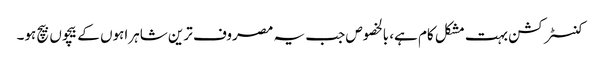
کنسٹرکشن بہت مشکل کام ہے، بالخصوص جب یہ مصروف ترین شاہراہوں کے بیچوں بیچ ہو۔